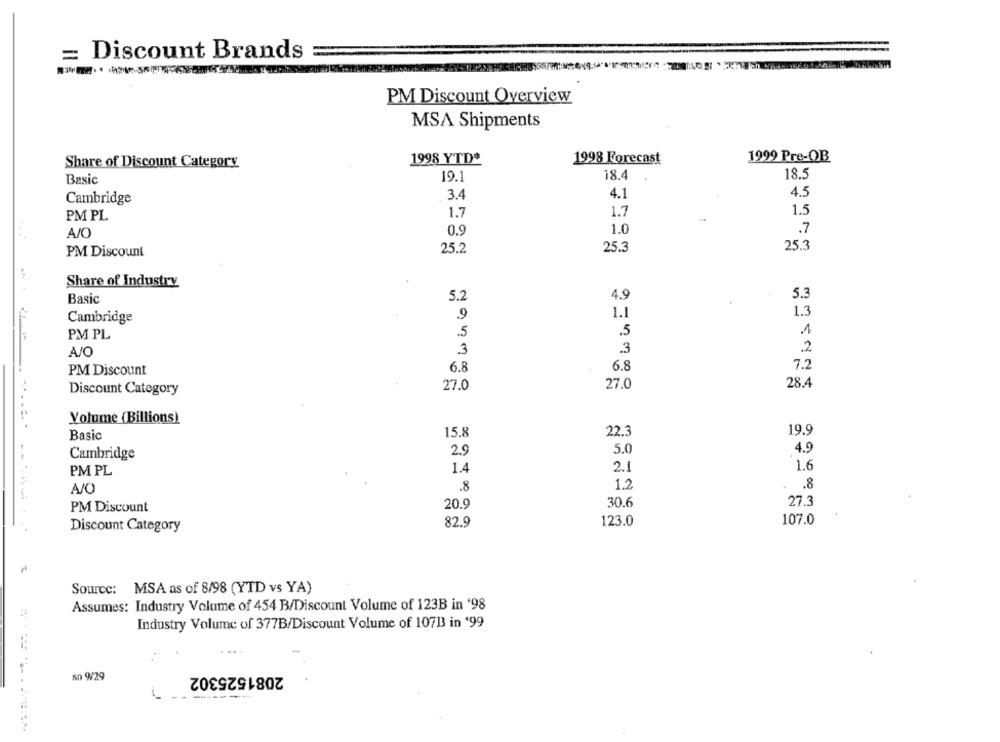
= Discount Brands
PM Discount Overview
MSA Shipments
Share of Discount Category
1998 YTD*
1998 Forecast
1999 Pre-OB
19.1
18.4
18.5
Basic
4.1
4.5
Cambridge
3.4
1.7
1.7
1.5
PM PL
0.9
1.0
.7
A/O
PM Discount
25.2
25.3
25.3
Share of Industry
5.2
4.9
.
5.3
Basic
1.3
Cambridge
.9
1.1
.5
.5
1
PM PL
.3
2
A/O
3
PM Discount
6.8
6.8
7.2
27.0
28.4
Discount Category
27.0
Volume (Billions)
19.9
Basic
15.8
22.3
2.9
5.0
4.9
Cambridge
1.6
PM PL
1.4
2.1
A/C
8
1.2
.8
20.9
30.6
27.3
PM Discount
107.0
82.9
123.0
Discount Category
Source: MSA as of 8/98 (YTD vs YA)
Assumes: Industry Volume of 454 B/Discount Volume of 123B in '98
Industry Volume of 377B/Discount Volume of 107B in '99
2081525302
sn 9/29